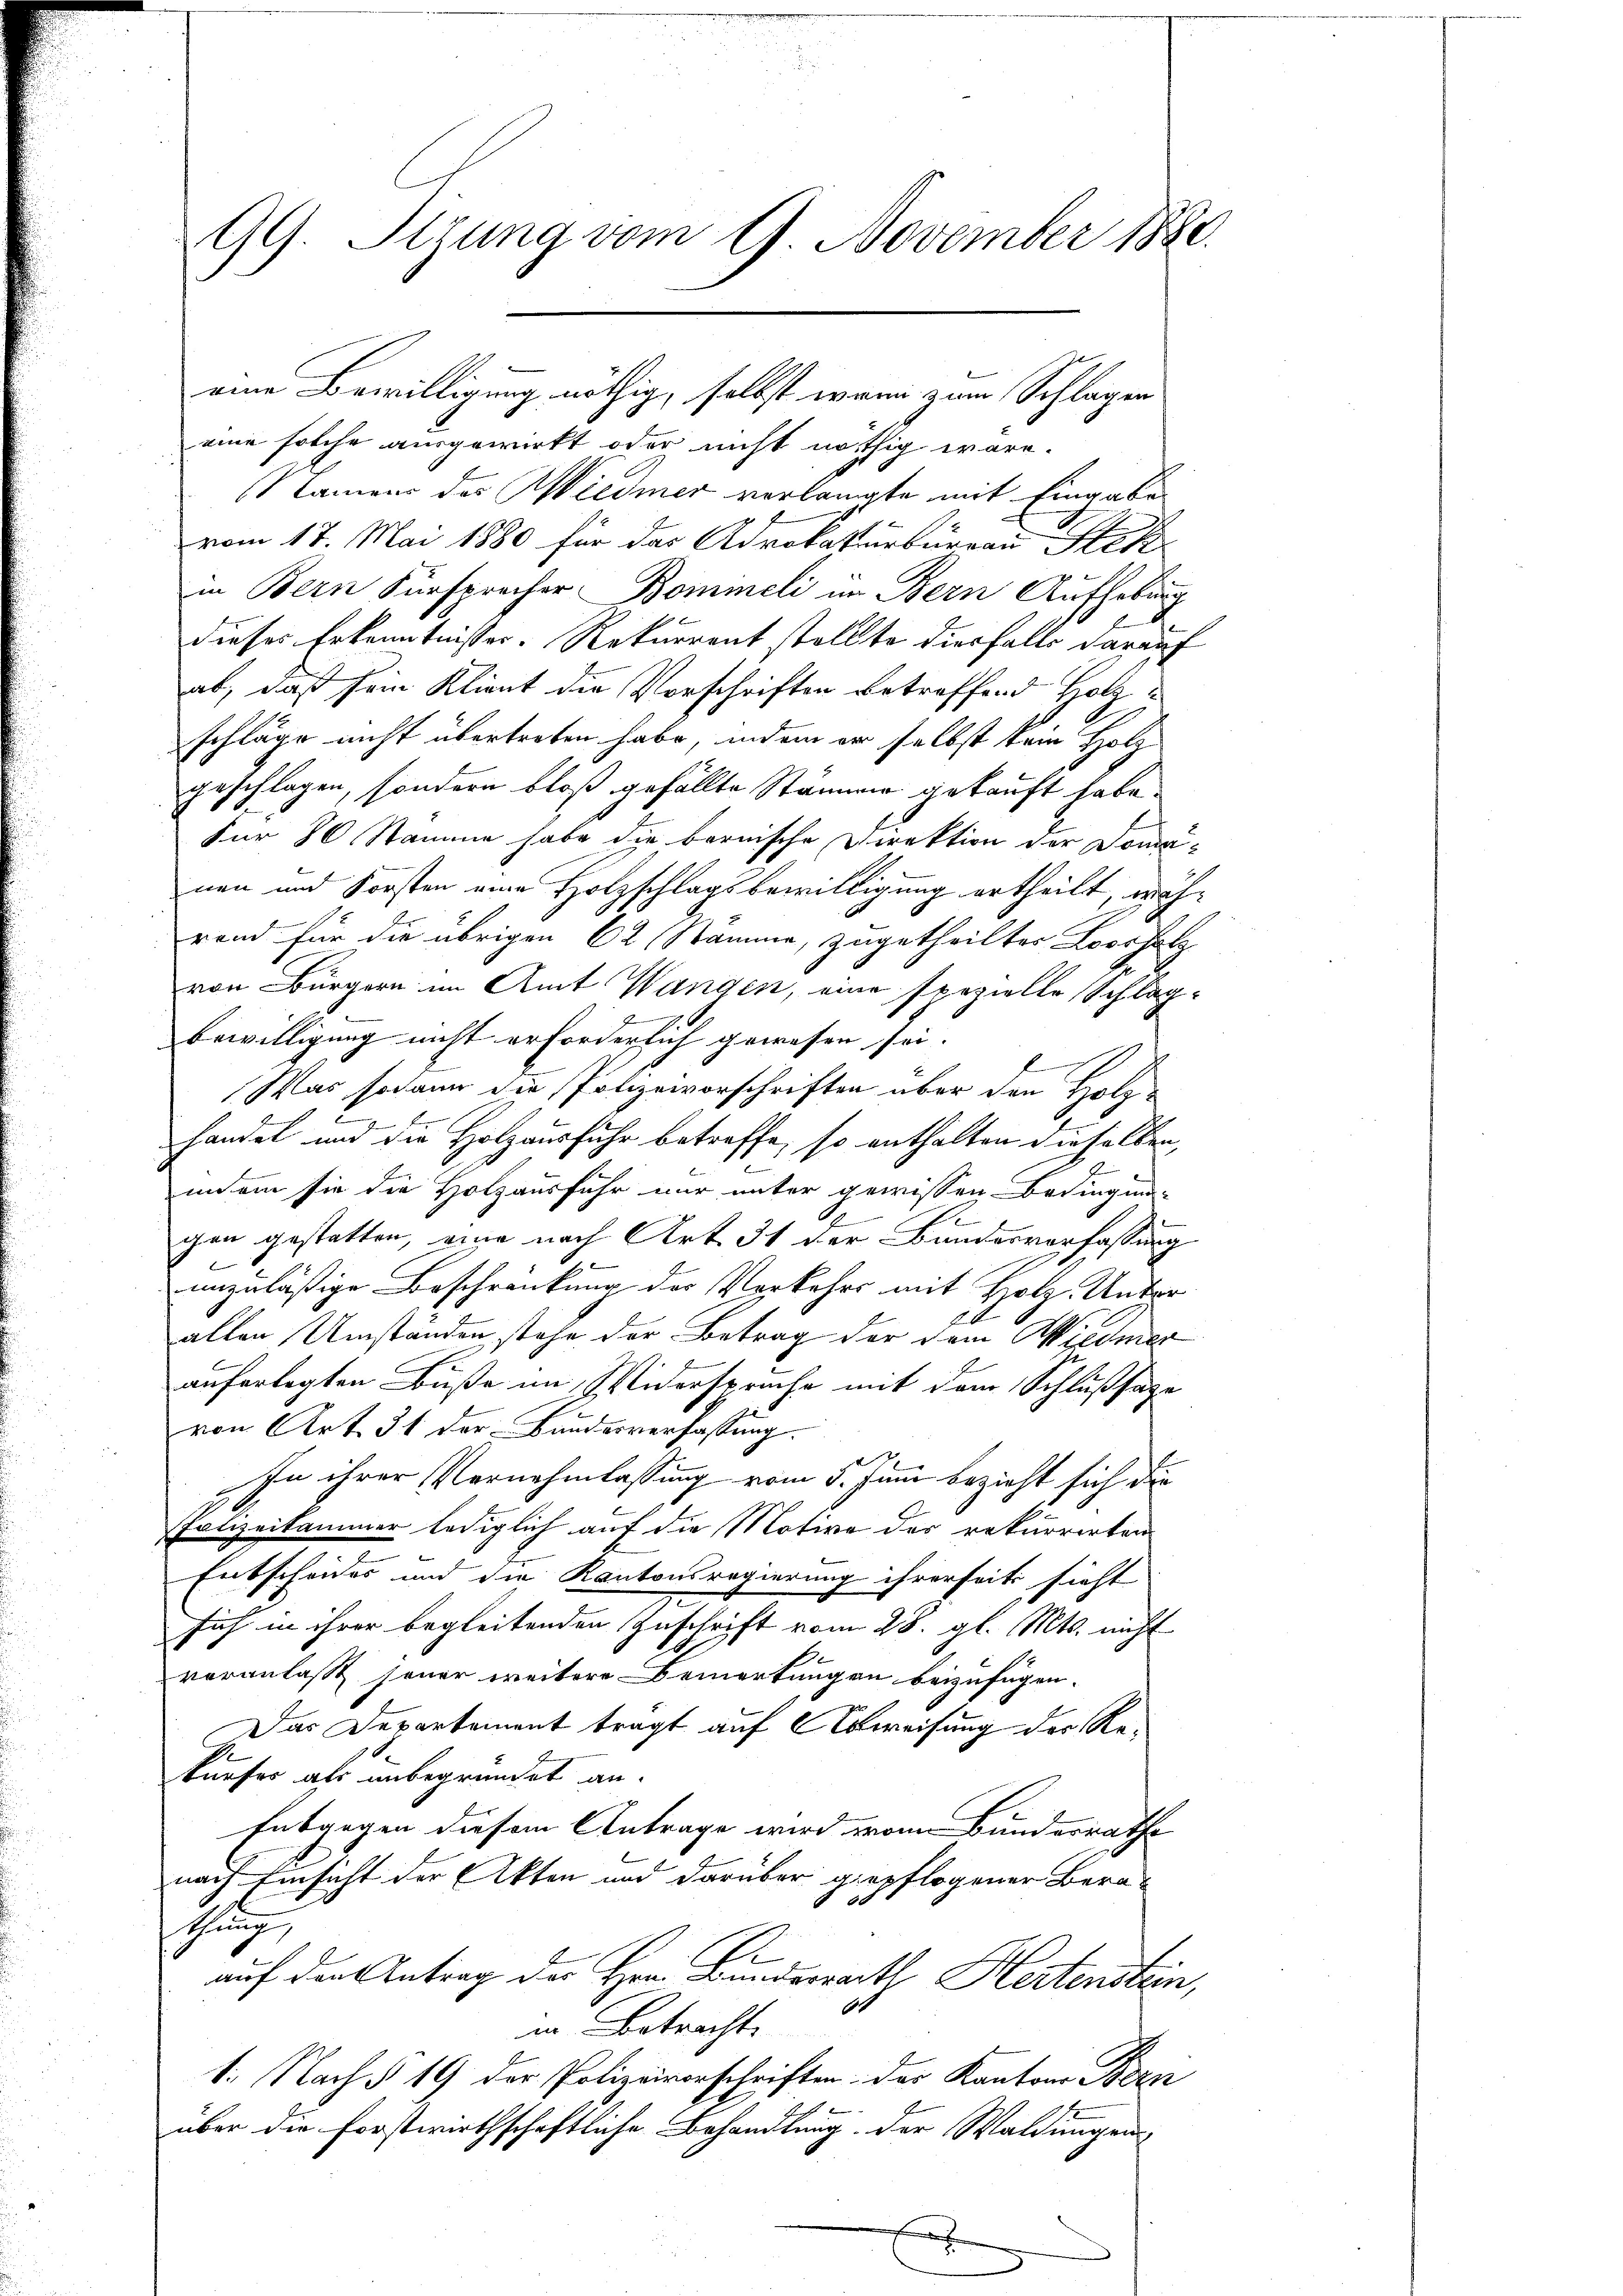
99. Stzung vom 9. November 1880.

eine Bewilligung nöthig, selbst wenn zum Splügeneine solche ausgewirkt oder nicht nöthig wäre.
Namens des Wiedmer verlangte mit Eingabe
vom 17. Mai 1880 für das Adrokaturburgau Stek
in Bern Fürsprocher Bommeli im Bern Aufhebung
dieses Erkenntnisser. Rekurrent stellte diesfalls darauf
ab, daß sein Klient die Vorschriften betreffend Holzschläge nicht übertreten habe, indem er selbst kein Holz
geschlagen, sondern bloß gefällte Stämmer gekauft habe.
für 80 Stamme habe die bernische Direktion der Domanen und Forsten eine Holzschlagsbewilligung ertheilt, währand für die übrigen 62 (Stamme, zugetheilter Loossatz
von Bürgern im Amt Wangen, eine spezielle Schlagmen w
Bewilligung nicht erforderlich gewesen sei.
l
Was sodann die Polizeivorschriften über den Holz¬
3
E
g
i
handel und die Holzausfuhr betreffe, so enthalten dieselben,
1
inem sie die Holzausfuhr nur unter gewissen Bedingun-
gen gestatten, eine nach Art. 31 der Bundesverfassung

unzuläßige Beschränkung der Vorkehrs mit Holz- Unter
allen Umständen stehe der Betrag der dem Wiedmer
auferlegten Buße im Widersprache mit dem Schlußsage
von Art. 31 der Bundesverfassung.
In ihrer Vernehmlassung vom 5. Juni bezieht sich die
Polizeikammer lediglich auf die Motive des rekurrirten
Entscheides und die Kantonsregierung ihrerseits sicht
sich in ihrer begleitenden Zuschrift vom 28. gl. Mts. nicht
voranlaßt sener weitere Bemerkungen beizufügen.
Das Departement tragt auf Abweisung des Rekurfes als unbegründet an.
Eabgegen diesem Antrage wird von Bundesrathe
nach Einsicht der Akten und darüber gepflogener Bera¬
.
thung,
auf den Antrag des Hrn. Bundesrath Hertenstein,
in Betracht.
1. Nach § 19 der Polizeiverschriften der Kantons Bezie
über die frostwirthschaftliche Behandlung der Waldungen
x